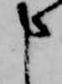
申